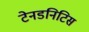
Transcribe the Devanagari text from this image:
टेनडनिटिस